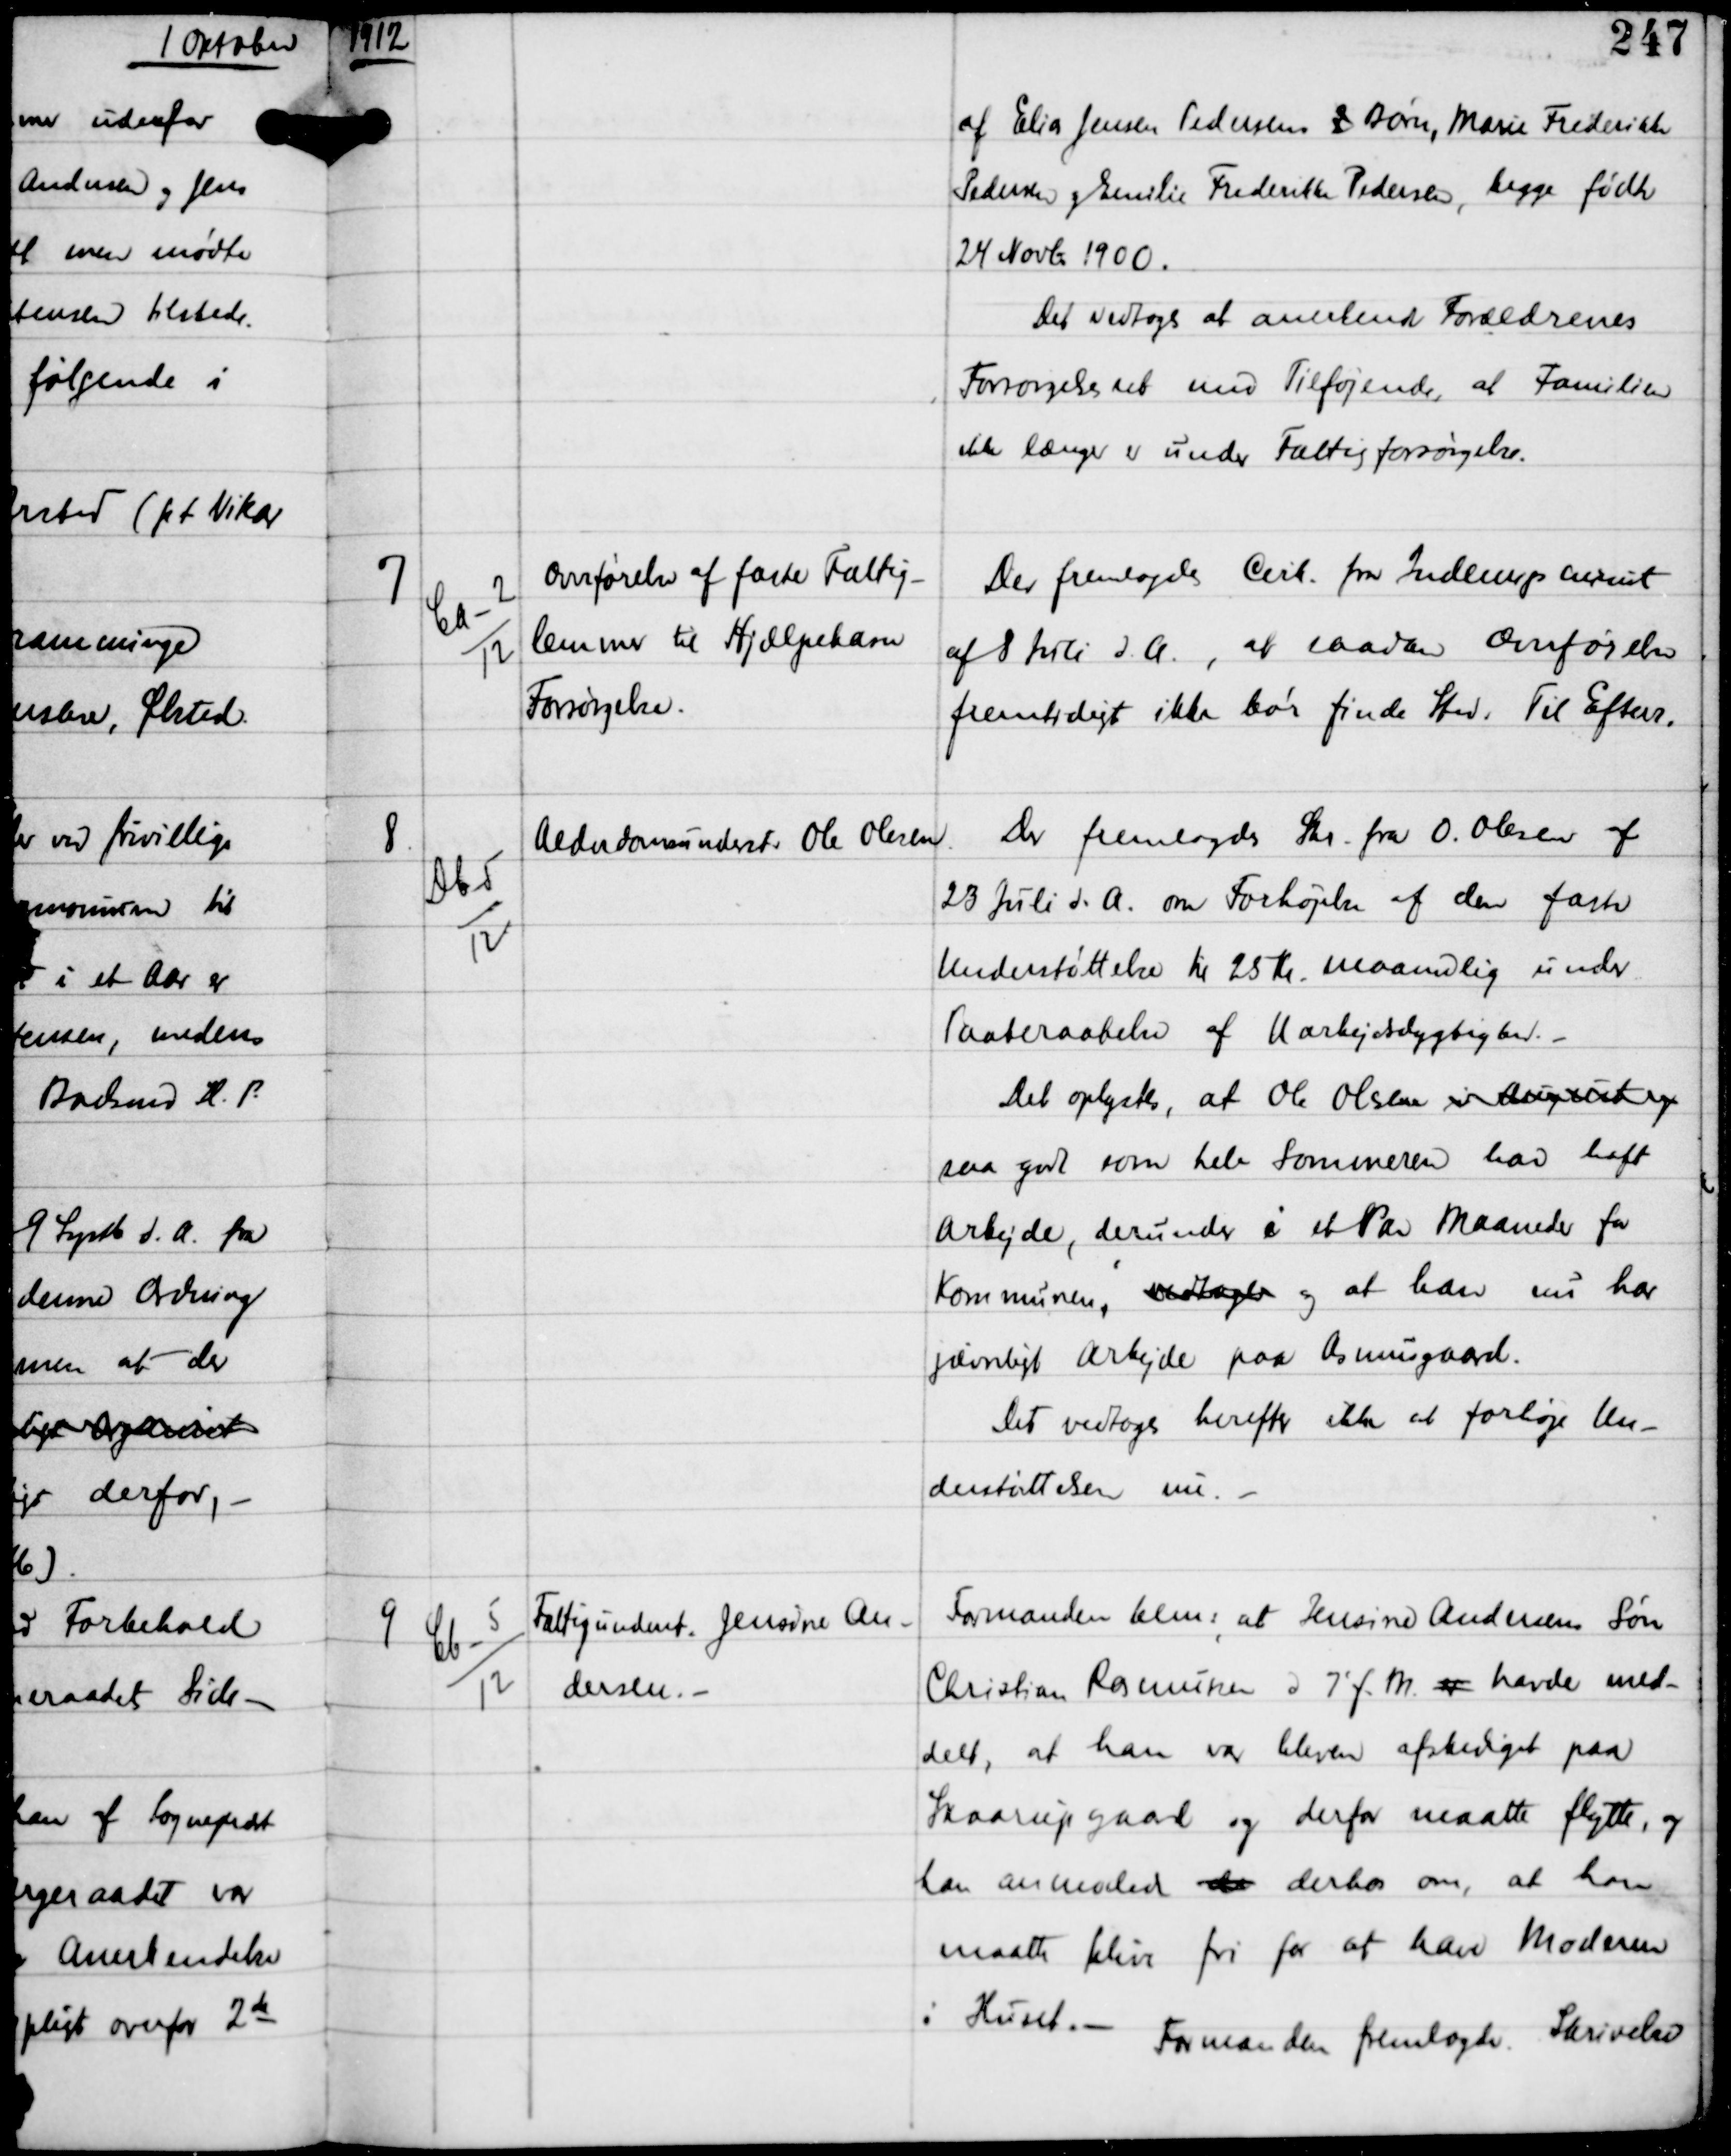
Transskription:
1912

af Elias Jensen Pedersens 2 Børn, Marie Frederikke
Pedersen og Emilie Frederikke Pedersen, begge fødte
24 Novbr 1900.
Det vedtoges at anerkende Forældrenes
Forsørgelsesret med Tilføjende, at Familien
ikke længer er under Fattigforsørgelse.

7

Ea-2
12

Overførelse af faste Fattig-
lemmer til Hjælpekasse
Forsørgelse.

Der fremlagdes Cirk fra Indenrigsminist
af 8 Juli d.A., at saadan Overførelse
fremtidigt ikke bør finde Sted. Til Efterr

8.

Db-5
12

Alderdomsunderst Ole Olesen

Der fremlagdes Skr fra O. Olesen af
23 Juli d.A. om Forhøjelse af den faste
Understøttelse til 95 Kr maanedlig under
Paaberaabelse af Uarbejdsdygtighed. -
Det Oplystes, at Ole Olesen er arbejdsløs
saa godt som hele Sommeren har haft
Arbejde, derunder i et Par maaneder for
Kommunen, vedtager og at han nu har
jævnligt Arbejde paa Asmusgaard.
Det vedtoges herefter ikke at forhøje Un-
derstøttelsen nu. -

9

Cb-5
12

Fattigunderst Jensine An-
dersen. -

Formanden bem, at Jensine Andersens Søn
Christian Rasmussen d 7' f.M da havde med-
delt, at han var bleven afskediget paa
Skaarupgaard og derfor maatte flytte, og
han anmodedes da derhos om, at han
matte blive fri for at have Moderen
i Huset. -
Formanden fremlagde Skrivelse